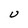
Character: U